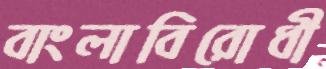
বাংলাবিরোধী